Rangoon Lunatic Asylum 1893-1897 - 1893-1897
Year: 1893
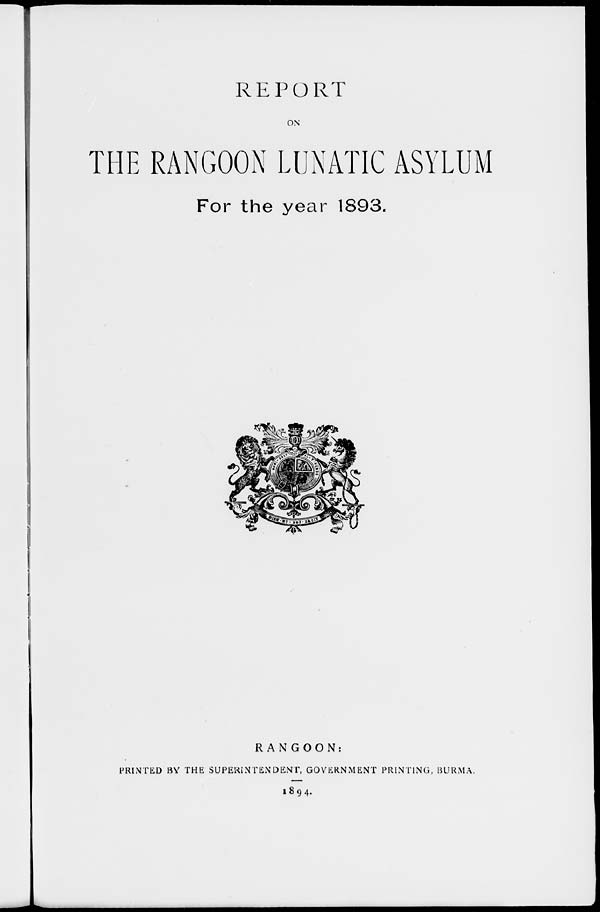
REPORT
ON
THE RANGOON LUNATIC ASYLUM
For the year 1893.
RANGOON:
PRINTED BY THE SUPERINTENDENT, GOVERNMENT PRINTING, BURMA.
1894.